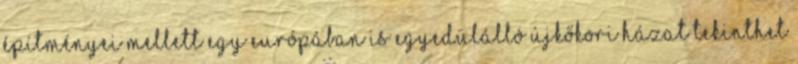
építményei mellett egy Európában is egyedülálló újkőkori házat tekinthet